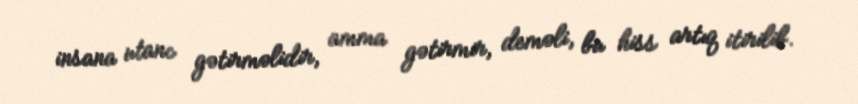
insana utanc gətirməlidir, amma gətirmir, deməli, bu hiss artıq itirilib.